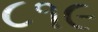
૮૧૯